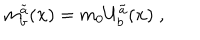
m _ { b } ^ { \tilde { a } } ( { \bf x } ) = m _ { 0 } U _ { b } ^ { \tilde { a } } ( { \bf x } ) \; ,